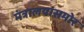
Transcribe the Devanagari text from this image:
मंत्रालयासमोर